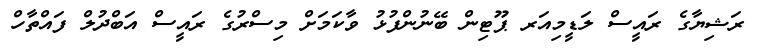
ރަޝިޔާގެ ރައީސް ލަޑީމިއަރ ޕޫޓިން ބޭނުންފުޅު ވާކަމަށް މިސްރުގެ ރައީސް އަބްދުލް ފައްތާހް